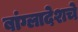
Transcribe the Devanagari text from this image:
बांग्लादेशचे